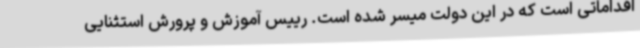
اقداماتی است که در این دولت میسر شده است. رییس آموزش و پرورش استثنایی